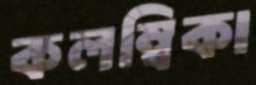
কলম্বিকা